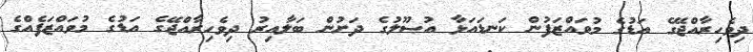
ދިވެހިރާއްޖޭގެ އަޑުގެ މުވައްޒަފުން ކަނޑައަޅާ އުޞޫލުގެ ދަށުން ބަލާއިރު ދިވެހިރާއްޖޭގެ އަޑުގެ މުވައްޒަފެއްގެ